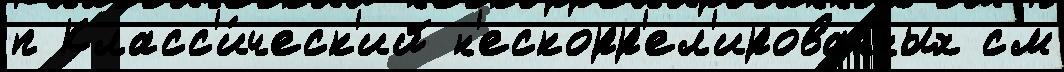
п Класс'и́ческ'ий н'ескорр'ел'ированных см